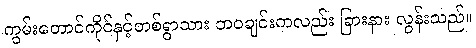
ကွမ်းတောင်ကိုင်နှင့်တစ်ရွာသား ဘဝချင်းကလည်း ခြားနား လွန်းသည်။